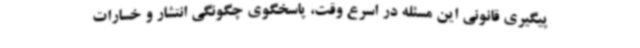
پیگیری قانونی این مسئله در اسرع وقت، پاسخگوی چگونگی انتشار و خسارات